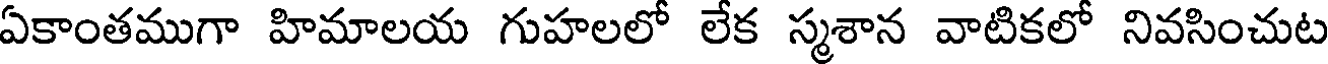
ఏకాంతముగా హిమాలయ గుహలలో లేక స్మశాన వాటికలో నివసించుట